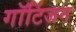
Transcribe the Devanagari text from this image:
गॉटिंजन